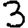
Digit: 3